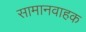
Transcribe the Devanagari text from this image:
सामानवाहक